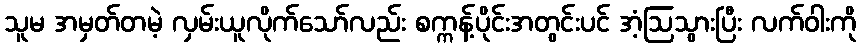
သူမ အမှတ်တမဲ့ လှမ်းယူလိုက်သော်လည်း စက္ကန့်ပိုင်းအတွင်းပင် အံ့ဩသွားပြီး လက်ဝါးကို